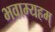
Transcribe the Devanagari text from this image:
भवाम्यहम्